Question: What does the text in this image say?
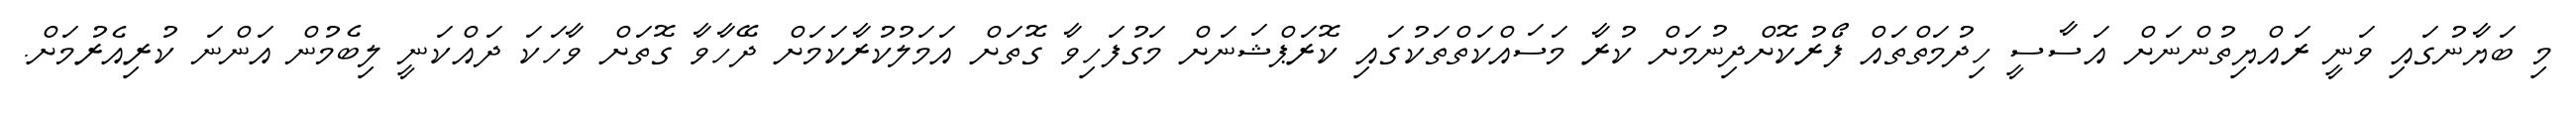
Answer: މި ބަޔާނުގައި ވަނީ ރައްޔިތުންނަށް އަސާސީ ހިދުމަތްތައް ފޯރުކޮށްދިނުމަށް ކުރާ މަސައްކަތްތަކުގައި ކޮރަޕްޝަނަށް މަގުފަހިވާ ގޮތަށް އަމަލުކުރާކަމަށް ދޭހާވާ ގޮތަށް ވާހަކަ ދައްކަނީ ލިބެމުން އަންނަ ކުރިއެރުމަށް.